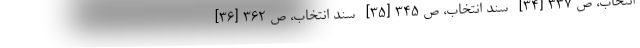
انتخاب، ص ۳۳۷ [۳۴]- سند انتخاب، ص ۳۴۵ [۳۵]- سند انتخاب، ص ۳۶۲ [۳۶]-